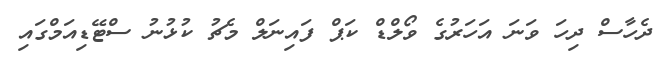
ދެހާސް ދިހަ ވަނަ އަހަރުގެ ވޯލްޑް ކަޕް ފައިނަލް މެޗު ކުޅުނު ސްޓޭޑިއަމްގައި